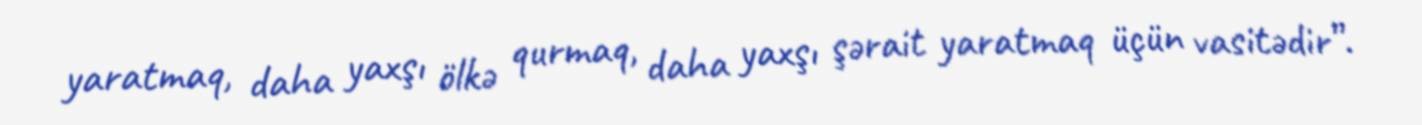
yaratmaq, daha yaxşı ölkə qurmaq, daha yaxşı şərait yaratmaq üçün vasitədir”.